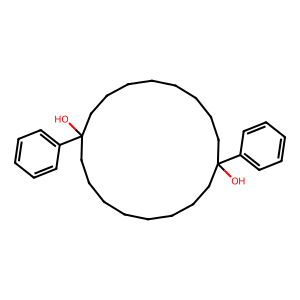
SMILES: OC1(c2ccccc2)CCCCCCCCC(O)(c2ccccc2)CCCCCCCC1
Inhibits HIV replication: No